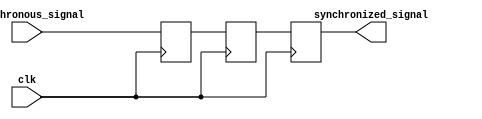
module two_flop_synchronizer (
    input wire clk,
    input wire asynchronous_signal,
    output reg synchronized_signal
);

reg flop1;
reg flop2;

always @(posedge clk) begin
    flop1 <= asynchronous_signal;
    flop2 <= flop1;
    synchronized_signal <= flop2;
end

endmodule